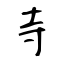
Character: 寺